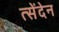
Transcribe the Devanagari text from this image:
त्सेंदेन